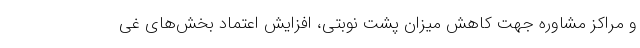
و مراکز مشاوره جهت کاهش میزان پشت نوبتی، افزایش اعتماد بخش‌های غی